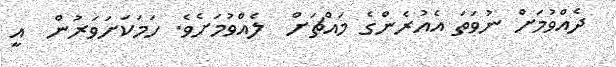
ދެއްވުމަށް ނުވަތަ އެއުރެންގެ މައްޗަށް  ލެއްވުމަށެވެ. ހަމަކަށަވަރުން  އީ